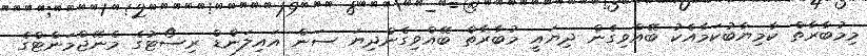
މިމުބާރާތް ކާމިޔާބުކަމާއެކު ބޭއްވިގެން ދިޔައީ މުބާރާތް ބޭއްވިގެންދިޔަ ސަން އައިލަަންޑް ރިސޯޓުގެ މެނޭޖްމަންޓްގެ